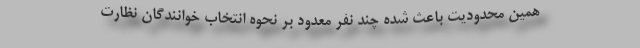
همین محدودیت باعث شده چند نفر معدود بر نحوه انتخاب خوانندگان نظارت